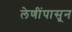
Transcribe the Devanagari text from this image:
लेणींपासून